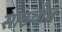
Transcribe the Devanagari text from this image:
साठवीत